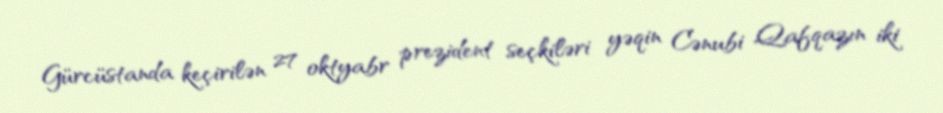
Gürcüstanda keçirilən 27 oktyabr prezident seçkiləri yəqin Cənubi Qafqazın iki